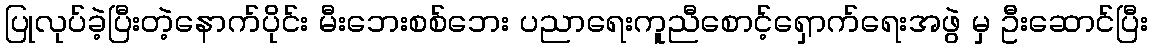
ပြုလုပ်ခဲ့ပြီးတဲ့နောက်ပိုင်း မီးဘေးစစ်ဘေး ပညာရေးကူညီစောင့်ရှောက်ရေးအဖွဲ မှ ဦးဆောင်ပြီး